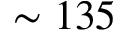
\sim 1 3 5